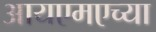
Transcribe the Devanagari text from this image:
आयएमएच्या